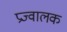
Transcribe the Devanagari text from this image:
प्रज्वालक